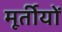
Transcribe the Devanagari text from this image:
मूर्तीयों